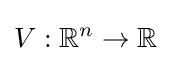
V:\mathbb {R} ^{n}\to \mathbb {R}